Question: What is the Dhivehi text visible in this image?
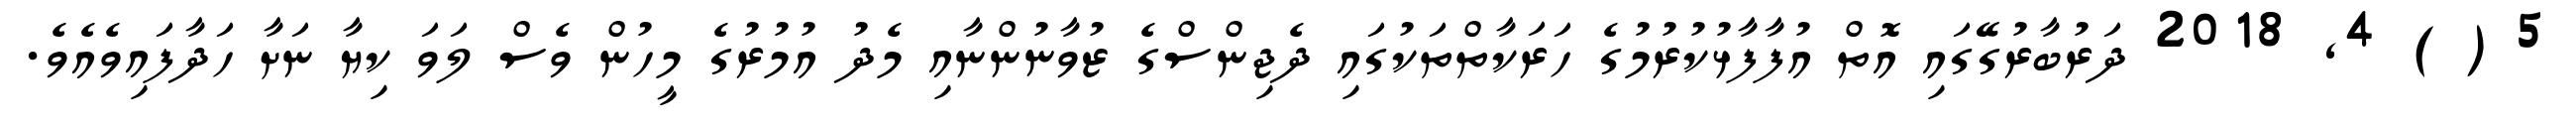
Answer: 5 ( ) 4, 2018 ދަރުބާރުގޭގައި އޮތް އުފާފާޅުކުރުމުގެ ހަރަކާތްތަކުގައި ދެޖިންސްގެ ޒުވާނުންނާއި މެދު އުމުރުގެ މީހުން ވެސް ލަވަ ކިޔާ ނަށާ ހަދާފައިވެއެވެ.